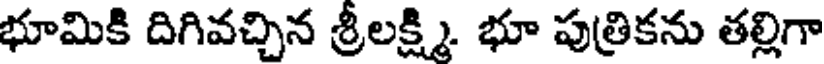
భూమికి దిగివచ్చిన శ్రీలక్ష్మి. భూ పుత్రికను తల్లిగా